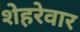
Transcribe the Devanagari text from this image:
शेहरेवार